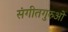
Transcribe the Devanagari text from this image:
संगीतगुरुओं